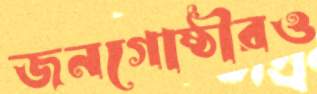
জনগোষ্ঠীরও